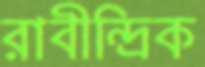
রাবীন্দ্রিক